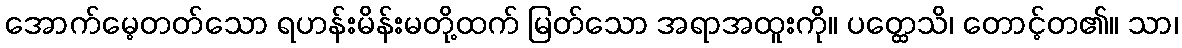
အောက်မေ့တတ်သော ရဟန်းမိန်းမတို့ထက် မြတ်သော အရာအထူးကို။ ပတ္ထေသိ၊ တောင့်တ၏။ သာ၊